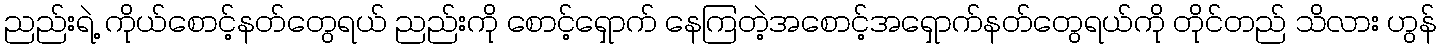
ညည်းရဲ့ ကိုယ်စောင့်နတ်တွေရယ် ညည်းကို စောင့်ရှောက် နေကြတဲ့အစောင့်အရှောက်နတ်တွေရယ်ကို တိုင်တည် သိလား ဟွန်